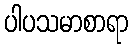
ပါပသမာစာရာ